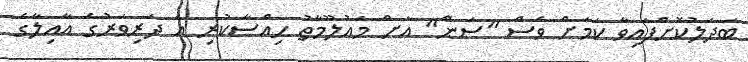
ބަދަލުކޮށްފައިވާ ކަމަށް ވެސް "ސަން" އަށް މައުލޫމާތު ހިއްސާކުރި އެ ދަރިވަރުގެ އާއިލާގެ